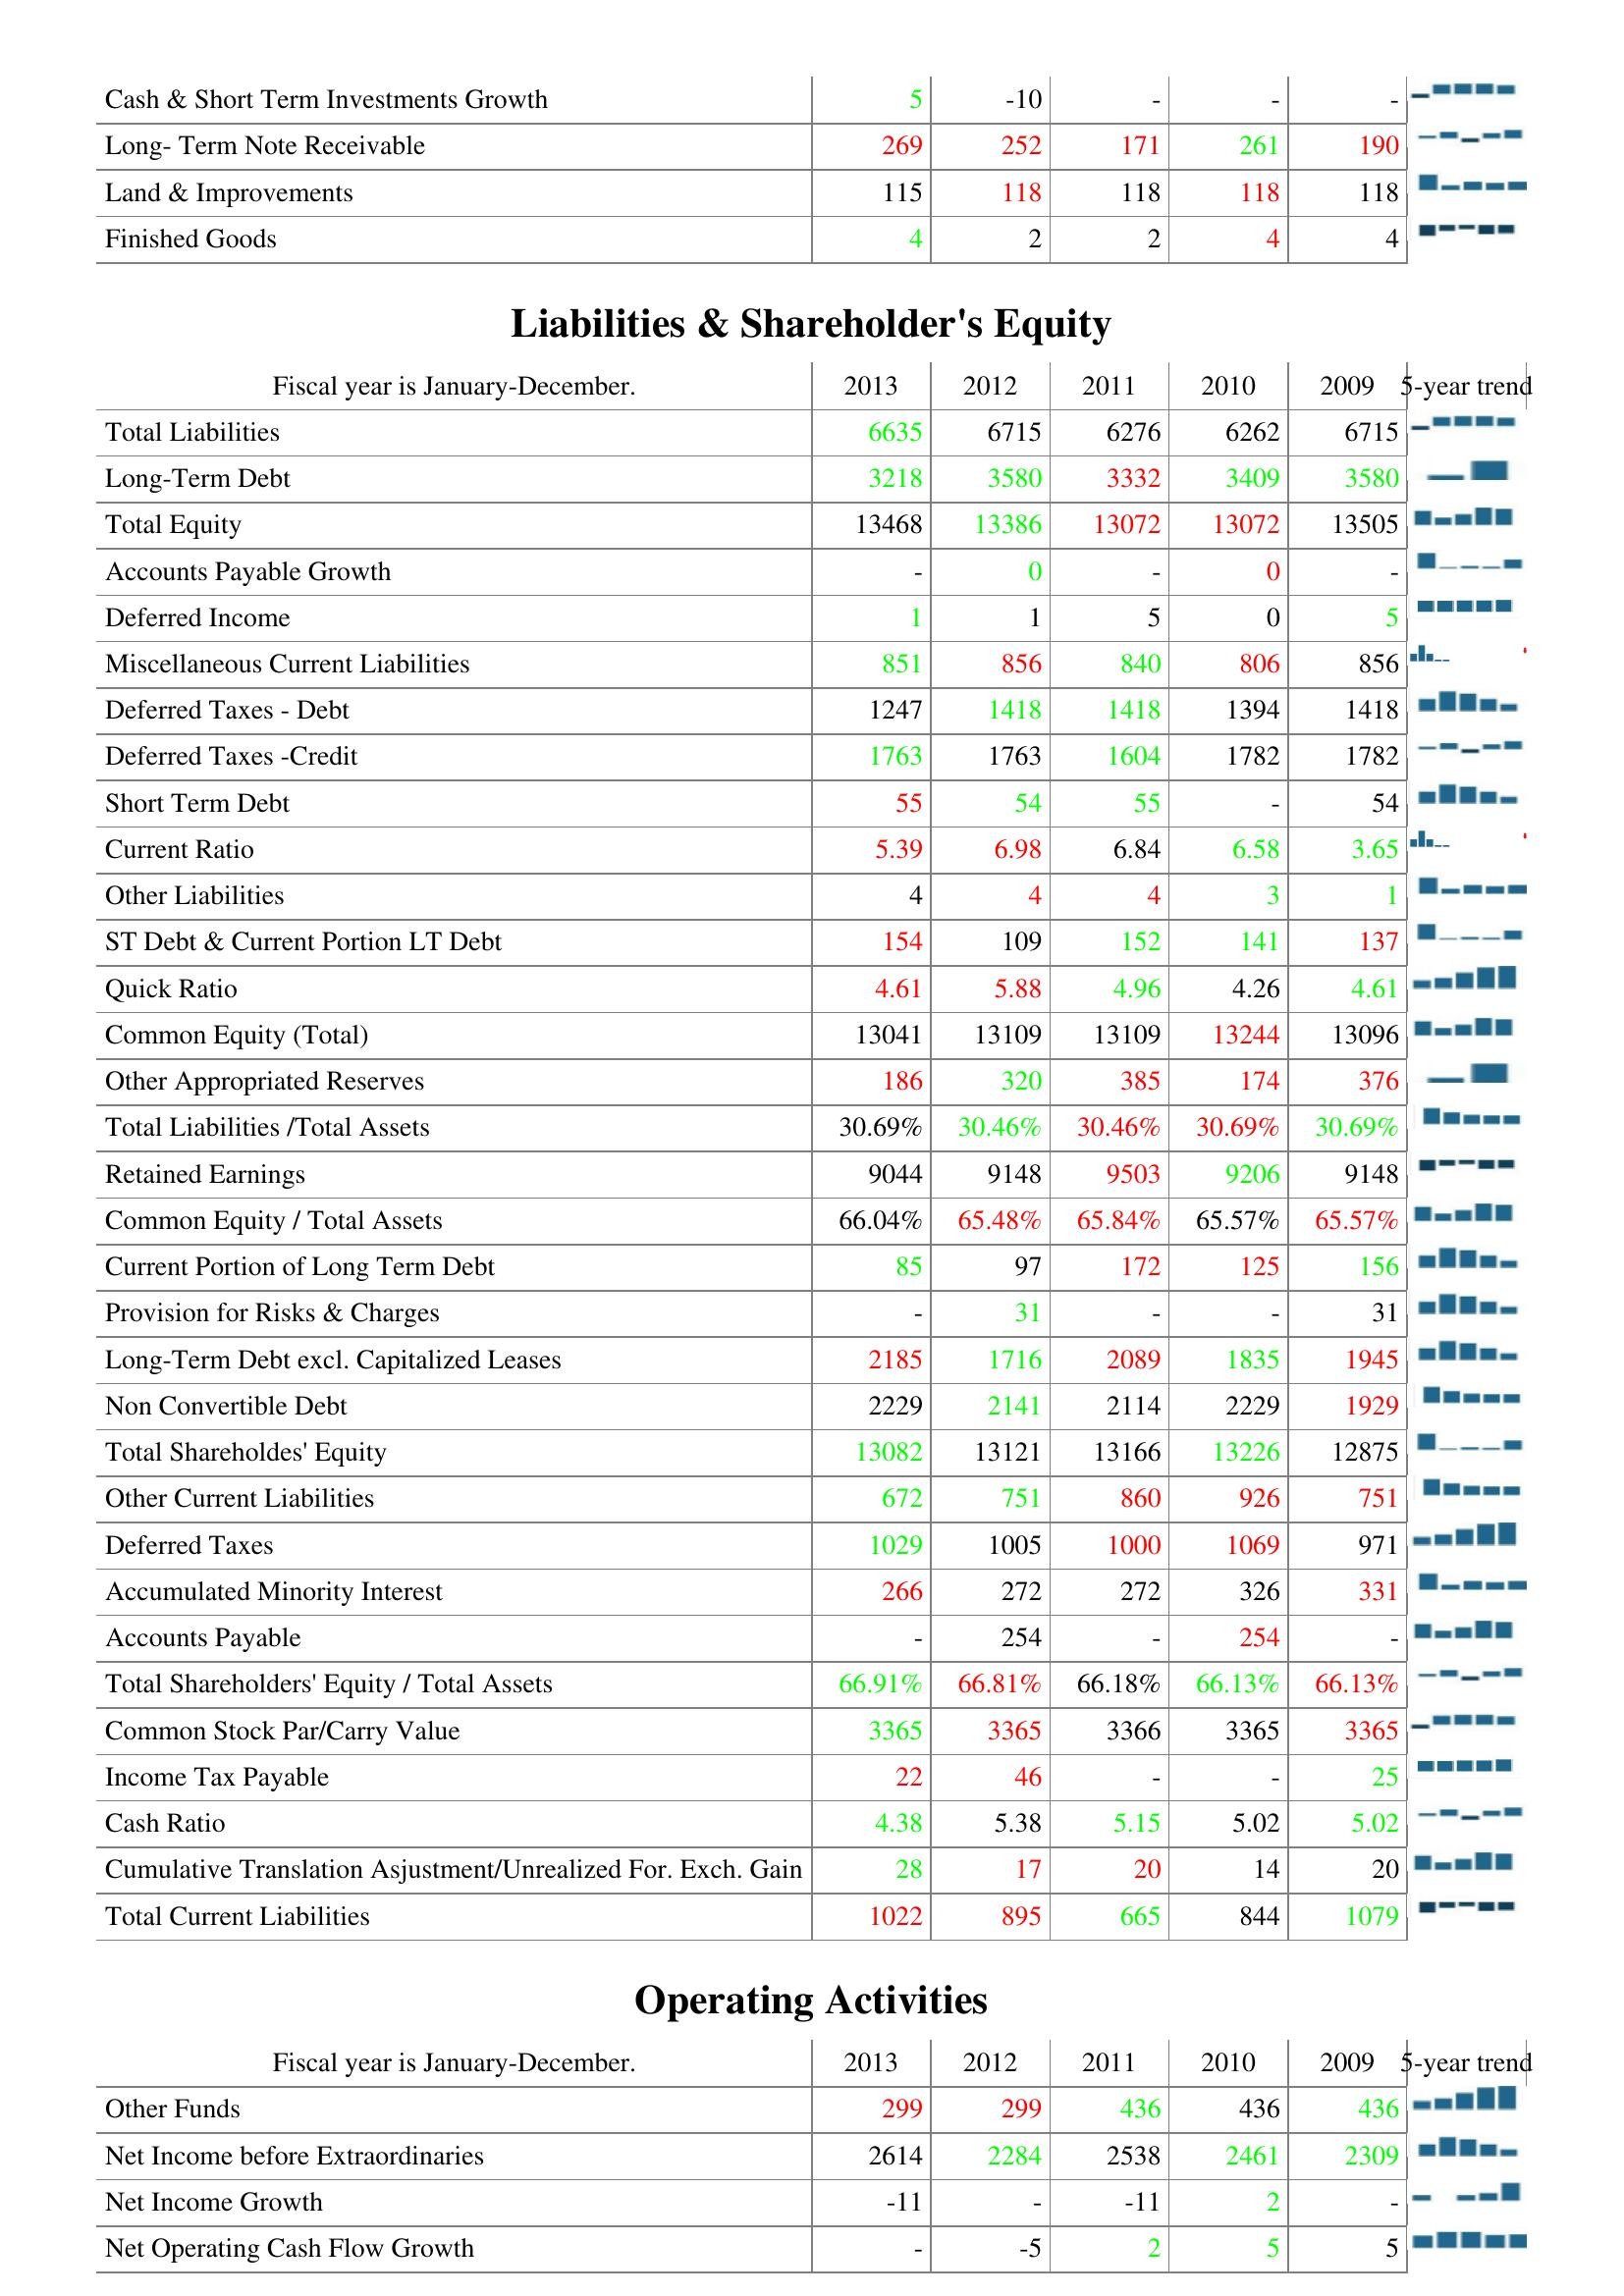
2013: Assets: Cash & Short Term Investments Growth: 5
Long- Term Note Receivable: 269
Land & Improvements: 115
Finished Goods: 4
Liabilities & Shareholder's Equity: Total Liabilities: 6635
Long-Term Debt: 3218
Total Equity: 13468
Accounts Payable Growth: -
Deferred Income: 1
Miscellaneous Current Liabilities: 851
Deferred Taxes - Debt: 1247
Deferred Taxes -Credit: 1763
Short Term Debt: 55
Current Ratio: 5.39
Other Liabilities: 4
ST Debt & Current Portion LT Debt: 154
Quick Ratio: 4.61
Common Equity (Total): 13041
Other Appropriated Reserves: 186
Total Liabilities /Total Assets: 30.69%
Retained Earnings: 9044
Common Equity / Total Assets: 66.04%
Current Portion of Long Term Debt: 85
Provision for Risks & Charges: -
Long-Term Debt excl. Capitalized Leases: 2185
Non Convertible Debt: 2229
Total Shareholdes' Equity: 13082
Other Current Liabilities: 672
Deferred Taxes: 1029
Accumulated Minority Interest: 266
Accounts Payable: -
Total Shareholders' Equity / Total Assets: 66.91%
Common Stock Par/Carry Value: 3365
Income Tax Payable: 22
Cash Ratio: 4.38
Cumulative Translation Asjustment/Unrealized For. Exch. Gain: 28
Total Current Liabilities: 1022
Operating Activities: Other Funds: 299
Net Income before Extraordinaries: 2614
Net Income Growth: -11
Net Operating Cash Flow Growth: -
2012: Assets: Cash & Short Term Investments Growth: -10
Long- Term Note Receivable: 252
Land & Improvements: 118
Finished Goods: 2
Liabilities & Shareholder's Equity: Total Liabilities: 6715
Long-Term Debt: 3580
Total Equity: 13386
Accounts Payable Growth: 0
Deferred Income: 1
Miscellaneous Current Liabilities: 856
Deferred Taxes - Debt: 1418
Deferred Taxes -Credit: 1763
Short Term Debt: 54
Current Ratio: 6.98
Other Liabilities: 4
ST Debt & Current Portion LT Debt: 109
Quick Ratio: 5.88
Common Equity (Total): 13109
Other Appropriated Reserves: 320
Total Liabilities /Total Assets: 30.46%
Retained Earnings: 9148
Common Equity / Total Assets: 65.48%
Current Portion of Long Term Debt: 97
Provision for Risks & Charges: 31
Long-Term Debt excl. Capitalized Leases: 1716
Non Convertible Debt: 2141
Total Shareholdes' Equity: 13121
Other Current Liabilities: 751
Deferred Taxes: 1005
Accumulated Minority Interest: 272
Accounts Payable: 254
Total Shareholders' Equity / Total Assets: 66.81%
Common Stock Par/Carry Value: 3365
Income Tax Payable: 46
Cash Ratio: 5.38
Cumulative Translation Asjustment/Unrealized For. Exch. Gain: 17
Total Current Liabilities: 895
Operating Activities: Other Funds: 299
Net Income before Extraordinaries: 2284
Net Income Growth: -
Net Operating Cash Flow Growth: -5
2011: Assets: Cash & Short Term Investments Growth: -
Long- Term Note Receivable: 171
Land & Improvements: 118
Finished Goods: 2
Liabilities & Shareholder's Equity: Total Liabilities: 6276
Long-Term Debt: 3332
Total Equity: 13072
Accounts Payable Growth: -
Deferred Income: 5
Miscellaneous Current Liabilities: 840
Deferred Taxes - Debt: 1418
Deferred Taxes -Credit: 1604
Short Term Debt: 55
Current Ratio: 6.84
Other Liabilities: 4
ST Debt & Current Portion LT Debt: 152
Quick Ratio: 4.96
Common Equity (Total): 13109
Other Appropriated Reserves: 385
Total Liabilities /Total Assets: 30.46%
Retained Earnings: 9503
Common Equity / Total Assets: 65.84%
Current Portion of Long Term Debt: 172
Provision for Risks & Charges: -
Long-Term Debt excl. Capitalized Leases: 2089
Non Convertible Debt: 2114
Total Shareholdes' Equity: 13166
Other Current Liabilities: 860
Deferred Taxes: 1000
Accumulated Minority Interest: 272
Accounts Payable: -
Total Shareholders' Equity / Total Assets: 66.18%
Common Stock Par/Carry Value: 3366
Income Tax Payable: -
Cash Ratio: 5.15
Cumulative Translation Asjustment/Unrealized For. Exch. Gain: 20
Total Current Liabilities: 665
Operating Activities: Other Funds: 436
Net Income before Extraordinaries: 2538
Net Income Growth: -11
Net Operating Cash Flow Growth: 2
2010: Assets: Cash & Short Term Investments Growth: -
Long- Term Note Receivable: 261
Land & Improvements: 118
Finished Goods: 4
Liabilities & Shareholder's Equity: Total Liabilities: 6262
Long-Term Debt: 3409
Total Equity: 13072
Accounts Payable Growth: 0
Deferred Income: 0
Miscellaneous Current Liabilities: 806
Deferred Taxes - Debt: 1394
Deferred Taxes -Credit: 1782
Short Term Debt: -
Current Ratio: 6.58
Other Liabilities: 3
ST Debt & Current Portion LT Debt: 141
Quick Ratio: 4.26
Common Equity (Total): 13244
Other Appropriated Reserves: 174
Total Liabilities /Total Assets: 30.69%
Retained Earnings: 9206
Common Equity / Total Assets: 65.57%
Current Portion of Long Term Debt: 125
Provision for Risks & Charges: -
Long-Term Debt excl. Capitalized Leases: 1835
Non Convertible Debt: 2229
Total Shareholdes' Equity: 13226
Other Current Liabilities: 926
Deferred Taxes: 1069
Accumulated Minority Interest: 326
Accounts Payable: 254
Total Shareholders' Equity / Total Assets: 66.13%
Common Stock Par/Carry Value: 3365
Income Tax Payable: -
Cash Ratio: 5.02
Cumulative Translation Asjustment/Unrealized For. Exch. Gain: 14
Total Current Liabilities: 844
Operating Activities: Other Funds: 436
Net Income before Extraordinaries: 2461
Net Income Growth: 2
Net Operating Cash Flow Growth: 5
2009: Assets: Cash & Short Term Investments Growth: -
Long- Term Note Receivable: 190
Land & Improvements: 118
Finished Goods: 4
Liabilities & Shareholder's Equity: Total Liabilities: 6715
Long-Term Debt: 3580
Total Equity: 13505
Accounts Payable Growth: -
Deferred Income: 5
Miscellaneous Current Liabilities: 856
Deferred Taxes - Debt: 1418
Deferred Taxes -Credit: 1782
Short Term Debt: 54
Current Ratio: 3.65
Other Liabilities: 1
ST Debt & Current Portion LT Debt: 137
Quick Ratio: 4.61
Common Equity (Total): 13096
Other Appropriated Reserves: 376
Total Liabilities /Total Assets: 30.69%
Retained Earnings: 9148
Common Equity / Total Assets: 65.57%
Current Portion of Long Term Debt: 156
Provision for Risks & Charges: 31
Long-Term Debt excl. Capitalized Leases: 1945
Non Convertible Debt: 1929
Total Shareholdes' Equity: 12875
Other Current Liabilities: 751
Deferred Taxes: 971
Accumulated Minority Interest: 331
Accounts Payable: -
Total Shareholders' Equity / Total Assets: 66.13%
Common Stock Par/Carry Value: 3365
Income Tax Payable: 25
Cash Ratio: 5.02
Cumulative Translation Asjustment/Unrealized For. Exch. Gain: 20
Total Current Liabilities: 1079
Operating Activities: Other Funds: 436
Net Income before Extraordinaries: 2309
Net Income Growth: -
Net Operating Cash Flow Growth: 5